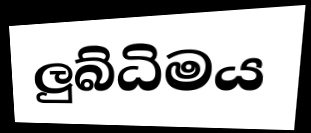
ලුබ්ධිමය